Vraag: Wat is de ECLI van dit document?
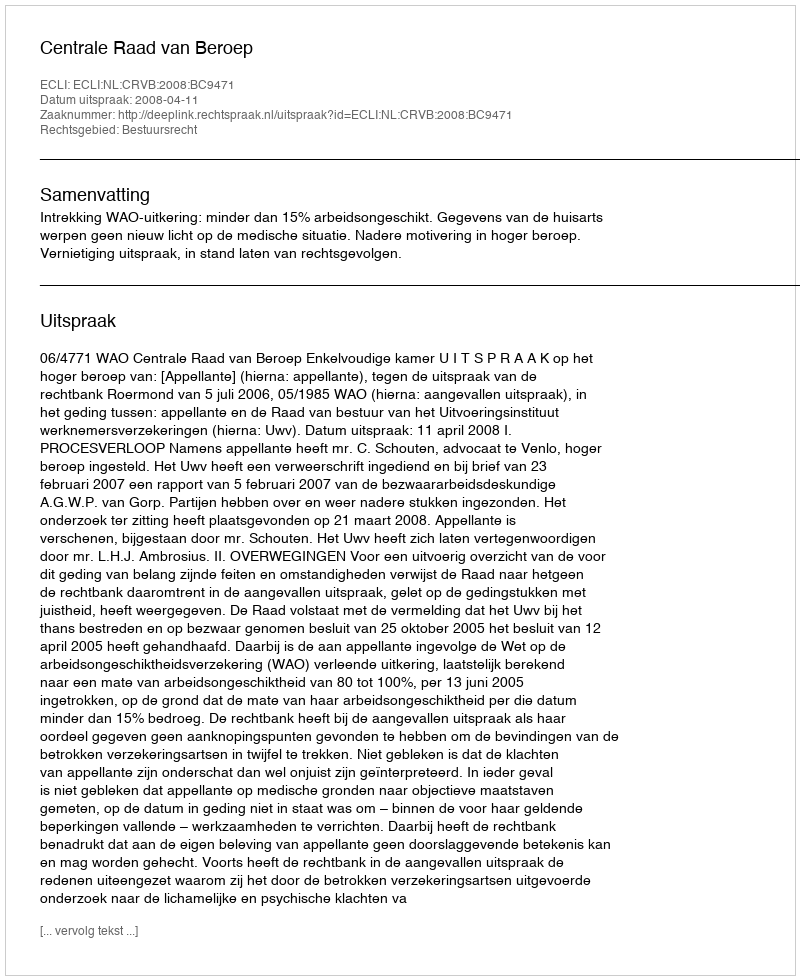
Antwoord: ECLI:NL:CRVB:2008:BC9471